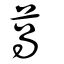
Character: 萵